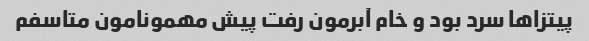
پیتزاها سرد بود و خام آبرمون رفت پیش مهمونامون متاسفم